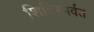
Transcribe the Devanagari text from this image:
शिविरपर्वत